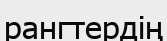
рангтердің